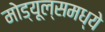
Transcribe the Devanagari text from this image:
मोड्यूल्समध्ये